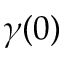
\gamma ( 0 )